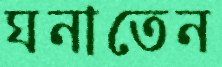
ঘনাতেন